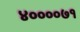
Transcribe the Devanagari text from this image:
४००००७१